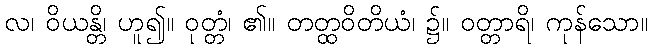
လ၊ ဝိယန္တိ၊ ဟူ၍။ ဝုတ္တံ၊ ၏။ တတ္ထဝိတိယံ၊ ၌။ ဝတ္တာရိ၊ ကုန်သော။